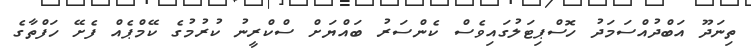
ތިނަދޫ އަބްދުއްސަމަދު ހޮސްޕިޓަލުގައިވެސް ކެންސަރު ބައްޔަށް ސްކްރީނު ކުރުމުގެ ކޭމްޕެއް ފެށޭ ހަފްތާގެ